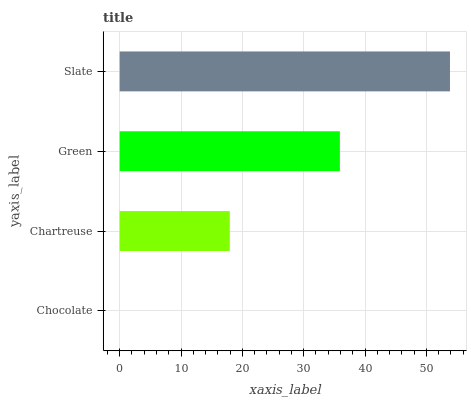
| yaxis_label | bars |
 | --- | --- |
 | Chocolate | 0 |
 | Chartreuse | 17.9 |
 | Green | 35.9 |
 | Slate | 53.8 |